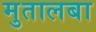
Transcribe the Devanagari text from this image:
मुतालबा